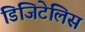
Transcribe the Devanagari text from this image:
डिजिटेलिस